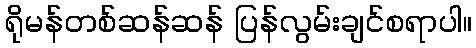
ရိုမန်တစ်ဆန်ဆန် ပြန်လွမ်းချင်စရာပါ။